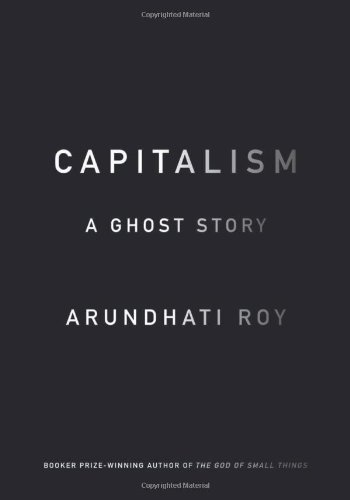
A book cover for Capitalism: A Ghost Story; Arundhati Roy; Business & Money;